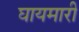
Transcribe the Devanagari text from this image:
घायमारी